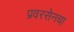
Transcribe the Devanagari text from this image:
प्रवरसेनचा